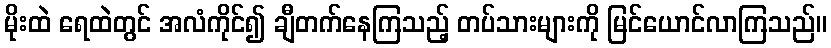
မိုးထဲ ရေထဲတွင် အလံကိုင်၍ ချီတက်နေကြသည့် တပ်သားများကို မြင်ယောင်လာကြသည်။